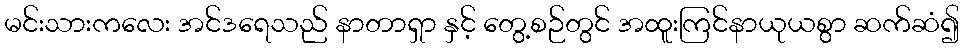
မင်းသားကလေး အင်ဒရေသည် နာတာရှာ နှင့် တွေ့စဉ်တွင် အထူးကြင်နာယုယစွာ ဆက်ဆံ၍